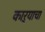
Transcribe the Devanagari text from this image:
काऱ्याचा